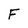
Character: F